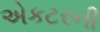
એકટરની